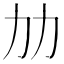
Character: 𠠴